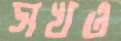
সখও